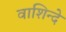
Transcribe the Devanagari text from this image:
वाशिन्दे